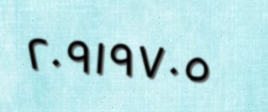
٢٠٩١٩٧٠٥